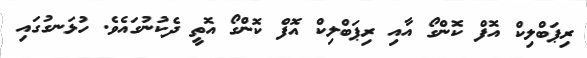
ރިޕަބްލިކް އޮފް ކޮންގޯ އާއި ރިޕަބްލިކް އޮފް ކޮންގޯ އޮތީ ދެކުނުގައެވެ. ހުޅަނގުގައި